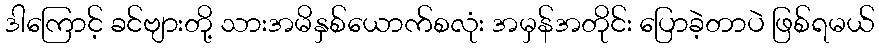
ဒါကြောင့် ခင်ဗျားတို့ သားအမိနှစ်ယောက်စလုံး အမှန်အတိုင်း ပြောခဲ့တာပဲ ဖြစ်ရမယ်